Annual report of the Central Committee of the Association together with the report of the directors of the Pasteur Institute at Kasauli
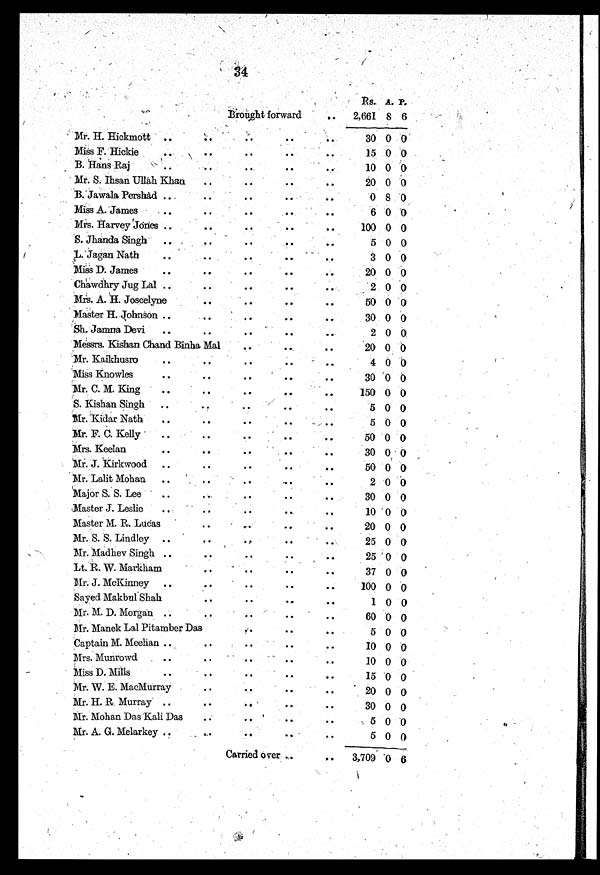
34
Brought forward
Rs.
A. P.
2,661 8 6
Mr. H. Hickmott
30 0 0
Miss F. Hickie
15 0 0
B. Hans Raj
10 0 0
Mr. S. Ihsan Ullah Khan
20 0 0
B. jawala Pershad
0 8 0
Miss A. James
6 0 0
Mrs. Harvey Jones
100 0 0
S. Jhanda Singh
5 0 0
L.Jagan Nath
3 0 0
Miss D. James
20 0 0
Chawdhry Jug Lal
2 0 0
Mrs. A. H. Joscelyne
50 0 0
Master H. Johnson
30 0 0
Sh. Jamna Devi
2 0 0
Messrs. Kishan Chand Binha Mal
20 0 0
Mr. Kaikhusro
4 0 0
Miss Knowles
30 0 0
'Mr. C. M. King
150 0 0
S. Kishan Singh
5 0 0
Mr. Kidar Nath
5 0 0
Mr. F. C. Kelly
50 0 0
Mrs. Keelan
30 0 0
Mr. J. Kirkwood
50 0 0
Mr. Lalit Mohan
2 0 0
Major S. S. Lee
30 0 0
Master J. Leslie
10 0 0
Master M. R. Lucas
20 0 0
Mr. S. S. Lindley
25 0 0
Mr. Madhev Singh
25 0 0
Lt. R. W. Markham
37 0 0
Mr. J. McKinney
100 0 0
Sayed Makbul Shah
1 0 0
Mr. M. D. Morgan
60 0 0
Mr. Manek Lal Pitamber Das
5 0 0
Captain M. Meehan
10 0 0
Mrs. Munrowd
10 0 0
Miss D. Mills
15 0 0
Mr. W. E. MacMurray
20 0 0
Mr. H. R. Murray
30 0 0
Mr. Mohan Das Kali Das
5 0 0
Mr. A. G. Melarkey
5 0 0
Carried Over
3,709 0 6